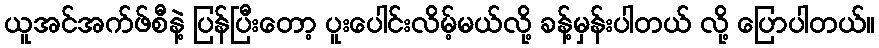
ယူအင်အက်ဖ်စီနဲ့ ပြန်ပြီးတော့ ပူးပေါင်းလိမ့်မယ်လို့ ခန့်မှန်းပါတယ် လို့ ပြောပါတယ်။